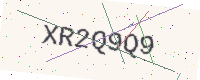
Text: XR2Q9Q9